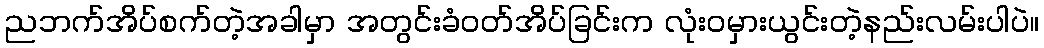
ညဘက်အိပ်စက်တဲ့အခါမှာ အတွင်းခံဝတ်အိပ်ခြင်းက လုံးဝမှားယွင်းတဲ့နည်းလမ်းပါပဲ။